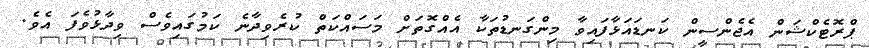
ޕްރޮޓެކްޝަން އެޖެންސީން ކަނޑައަޅާފައިވާ މިންގަނޑުތަކާ އެއްގޮތަށް މަސައްކަތް ކުރެވިދާނެ ކަމުގައިވެސް ވިދާޅުވެފަ އެވެ.